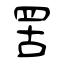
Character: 罟